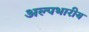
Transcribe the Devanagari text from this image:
अल्पभारीय